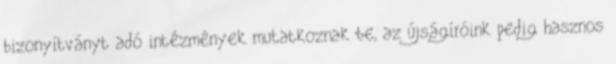
bizonyítványt adó intézmények mutatkoznak be, az újságíróink pedig hasznos